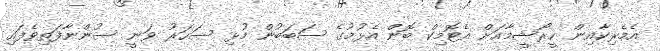
އެމެރިކާއިން ހީރޯޝީމާއަށް އެޓޮމިކް ބޮން އެޅުމުގެ ސަބަބުން މުޅި ސަހަރު ވަނީ ސުންނާފަތިވެފައި